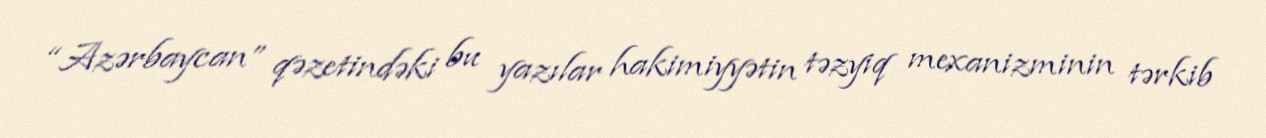
“Azərbaycan” qəzetindəki bu yazılar hakimiyyətin təzyiq mexanizminin tərkib